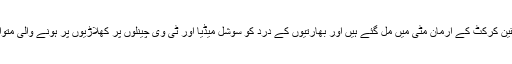
اس طرح ورلڈ کپ جیت جانے کےاربوں بھارتی شائقین کرکٹ کے ارمان مٹی میں مل گئے ہیں اور بھارتیوں کے درد کو سوشل میڈیا اور ٹی وی چینلوں پر کھلاڑیوں پر ہونے والی متواتر تنقیدسے واضح طورپر محسوس کیا جا سکتا ہے ۔